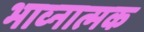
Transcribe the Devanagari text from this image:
भाव्नात्मक